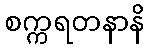
စက္ကရတနာနိ